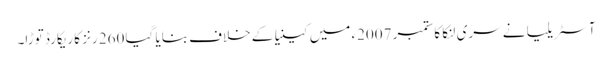
آسٹریلیا نے سری لنکا کا ستمبر 2007ء میں کینیا کے خلاف بنایا گیا 260 رنز کا ریکارڈ توڑا۔